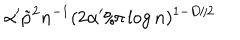
\alpha ^ { \prime } \tilde { p } ^ { 2 } n ^ { - 1 } ( 2 \alpha ^ { \prime } / \pi \log n ) ^ { 1 - D / 2 }